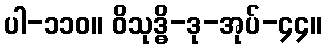
ပါ-၁၁၀။ ဝိသုဒ္ဓိ-ဒု-အုပ်-၄၄။